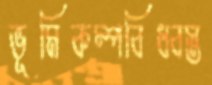
ভূমিকম্পবিধ্বস্ত